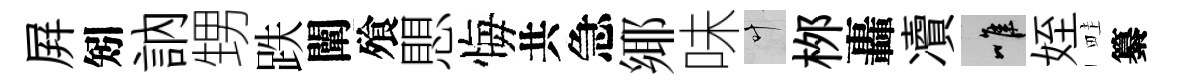
屛矧訥甥跌闡飱愳悔共急鄊味叶桞轟凟唯姪畦纂